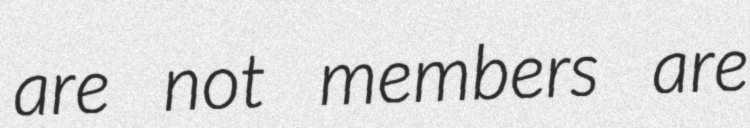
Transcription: are not members are